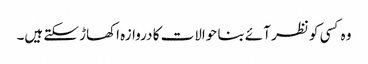
وہ کسی کو نظر آئے بنا حوالات کا دروازہ اکھاڑ سکتے ہیں۔